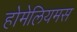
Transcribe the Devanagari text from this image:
होमेलियमस